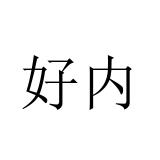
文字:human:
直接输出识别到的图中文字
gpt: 好内